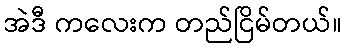
အဲဒီ ကလေးက တည်ငြိမ်တယ်။